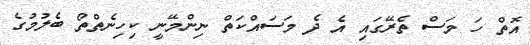
އޮތް ހަ މަސް ތެރޭގައި އެ ދެ މަސަައްކަތް ނިންމޭނީ ކިހިނެތްތޯ ބެލުމުގެ